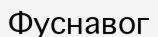
Фуснавог